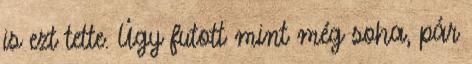
is ezt tette. Úgy futott mint még soha, pár